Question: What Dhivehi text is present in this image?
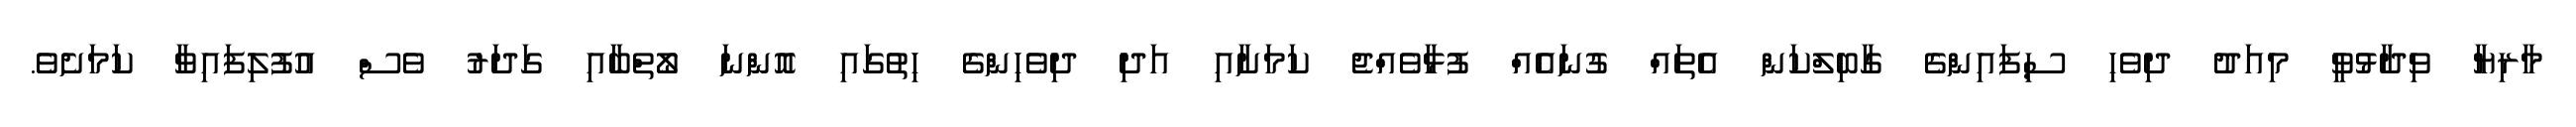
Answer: މާރިޔާ ވިދާޅުވީ މިއަދު ދިވެހި ސިފައިންގެ ގާބިލްކަން އެތައް ގުނައެއް ފުޅާވެއްޖެ ކަމަށާއި އަދި ދިވެހިންގެ ހިތުގައި އޮންނަ ލޯތްބާއި ގަދަރު ވެސް އުފުލިފައިވާ ކަމަށެވެ.